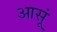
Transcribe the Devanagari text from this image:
आसूं